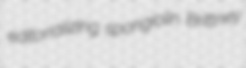
editorializing spongiolin Brittney